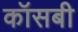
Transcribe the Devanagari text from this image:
कॉसबी